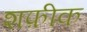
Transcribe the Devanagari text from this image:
शफ़ीक